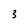
Character: 3